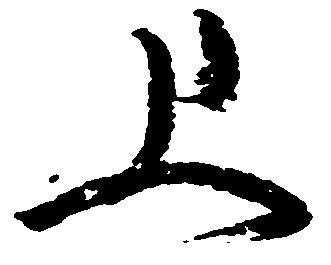
上